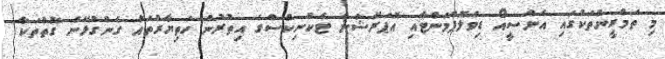
މި ތަމްރީންތަކުގައި އެންސީއޯ ޑިވެލޮޕްމަންޓާއި އޮޕަރޭޝަން ޓެކްނިކްސްގެ އިތުރުން ހަތިޔާރުތައް ގެންގުޅޭނެ ގޮތްތަކާ